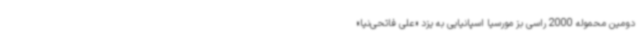
دومین محموله 2000 راسی بز مورسیا اسپانیایی به یزد «علی فاتحی‌نیا»